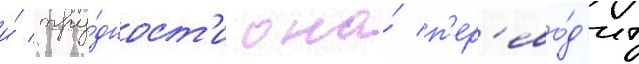
и́ тру́дност'и она́ п'ер'ево́д'ит